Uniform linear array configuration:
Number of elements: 24
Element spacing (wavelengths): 0.75
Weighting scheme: hann
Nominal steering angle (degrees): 30
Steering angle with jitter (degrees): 30.904
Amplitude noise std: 0.05
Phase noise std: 0.05

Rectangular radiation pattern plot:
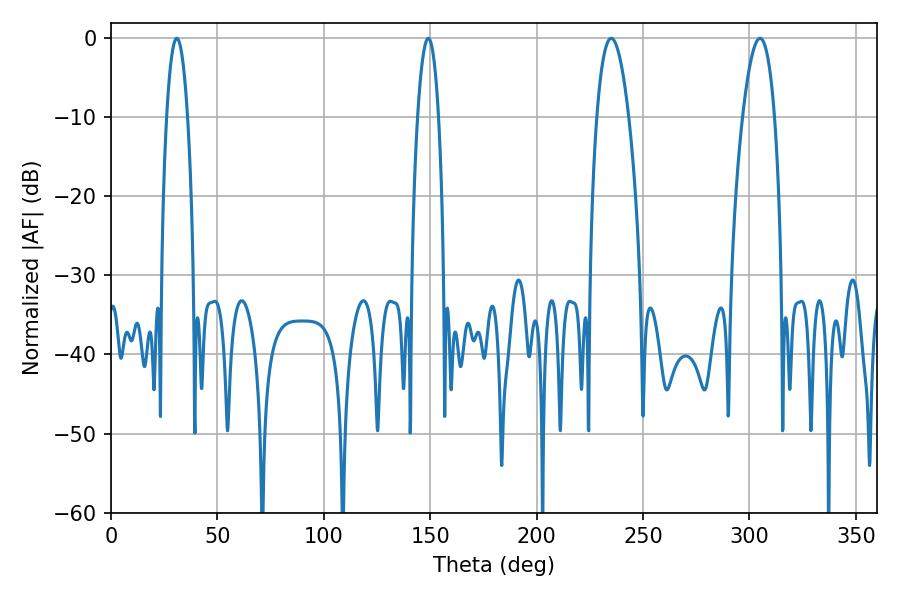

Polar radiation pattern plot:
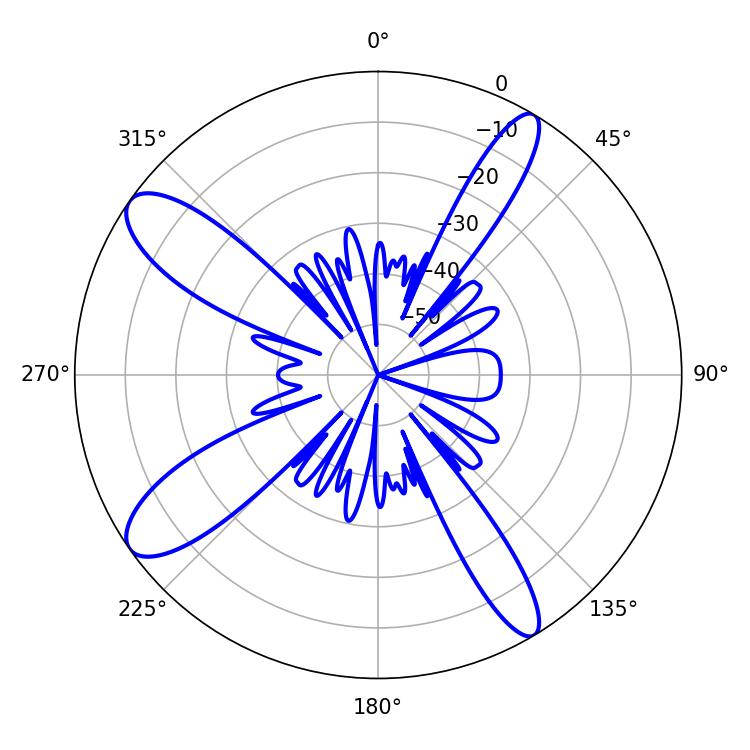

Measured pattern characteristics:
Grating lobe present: TRUE
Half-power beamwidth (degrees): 8.28
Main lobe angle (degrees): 235.08